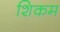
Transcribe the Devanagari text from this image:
शिकम